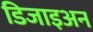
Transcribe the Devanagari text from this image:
डिजाइअन